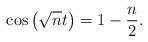
LaTeX: \begin{align*}\cos\left(\sqrt{n}t\right)=1-\frac{n}{2}.\end{align*}